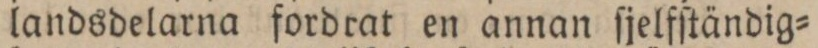
landsdelarna fordrat en annan ſjelfſtändig=